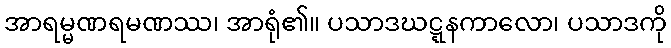
အာရမ္မဏရမဏဿ၊ အာရုံ၏။ ပသာဒဃဋ္ဋနကာလော၊ ပသာဒကို